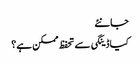
جانئے
کیا ڈینگی سے تحفظ ممکن ہے؟